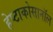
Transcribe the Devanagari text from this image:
हेप्टाकोसानॉल